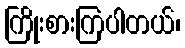
ကြိုးစားကြပါတယ်၊